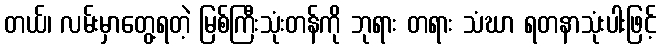
တယ်၊ လမ်းမှာတွေ့ရတဲ့ မြစ်ကြီးသုံးတန်ကို ဘုရား တရား သံဃာ ရတနာသုံးပါးဖြင့်